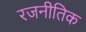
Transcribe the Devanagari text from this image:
रजनीतिक